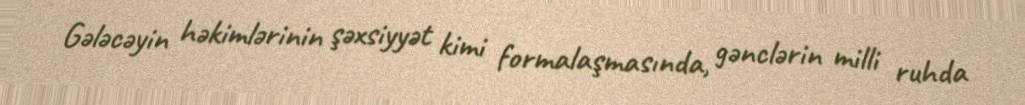
Gələcəyin həkimlərinin şəxsiyyət kimi formalaşmasında, gənclərin milli ruhda